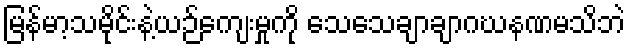
မြန်မာ့သမိုင်းနဲ့ယဉ်ကျေးမှုကို သေသေချာချာဂဃနဏမသိဘဲ